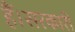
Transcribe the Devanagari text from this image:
हैं।सरकारी